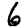
Digit: 6